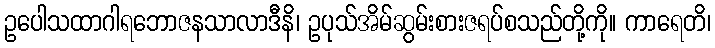
ဥပေါသထာဂါရဘောဇနသာလာဒီနိ၊ ဥပုသ်အိမ်ဆွမ်းစားဇရပ်စသည်တို့ကို။ ကာရေတိ၊